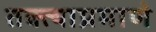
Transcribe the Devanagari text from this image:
तक्त्याप्रमाणे